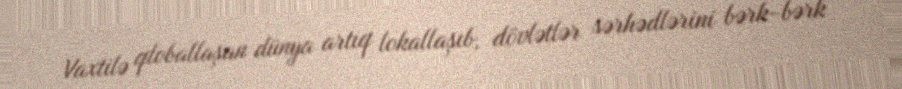
Vaxtilə qloballaşan dünya artıq lokallaşıb, dövlətlər sərhədlərini bərk-bərk